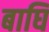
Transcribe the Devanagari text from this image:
बाघि